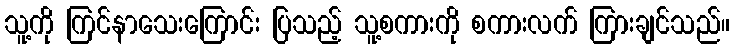
သူ့ကို ကြင်နာသေးကြောင်း ပြသည့် သူ့စကားကို စကားလက် ကြားချင်သည်။